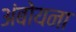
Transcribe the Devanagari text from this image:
अंबोयना